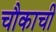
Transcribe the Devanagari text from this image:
चौकाची